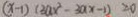
( x - 1 ) ( 3 a x ^ { 2 } - 3 a x - 1 ) \geqslant 0